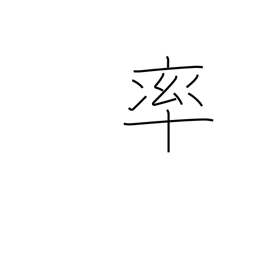
Meaning: spearhead